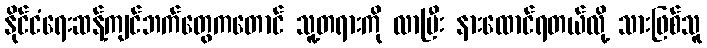
နိုင်ငံရေးဆန့်ကျင်ဘက်တွေကတောင် သူ့တရားကို လာပြီး နားထောင်ရတယ်လို့ သားဖြစ်သူ